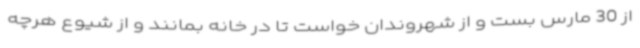
از 30 مارس بست و از شهروندان خواست تا در خانه بمانند و از شیوع هرچه